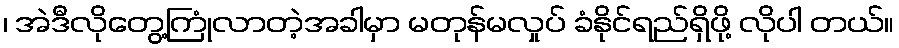
၊ အဲဒီလိုတွေ့ကြုံလာတဲ့အခါမှာ မတုန်မလှုပ် ခံနိုင်ရည်ရှိဖို့ လိုပါ တယ်။